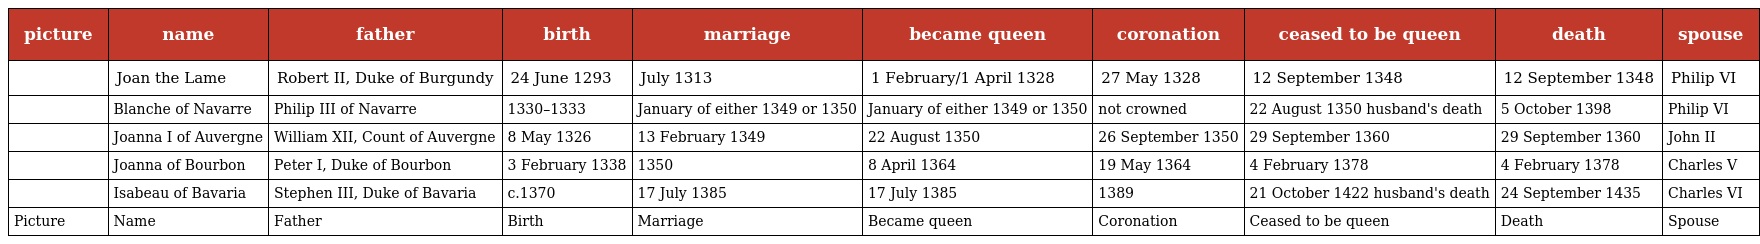
| picture | name | father | birth | marriage | became queen | coronation | ceased to be queen | death | spouse |
 | --- | --- | --- | --- | --- | --- | --- | --- | --- | --- |
 |  | Joan the Lame | Robert II, Duke of Burgundy | 24 June 1293 | July 1313 | 1 February/1 April 1328 | 27 May 1328 | 12 September 1348 | 12 September 1348 | Philip VI |
 |  | Blanche of Navarre | Philip III of Navarre | 1330–1333 | January of either 1349 or 1350 | January of either 1349 or 1350 | not crowned | 22 August 1350 husband's death | 5 October 1398 | Philip VI |
 |  | Joanna I of Auvergne | William XII, Count of Auvergne | 8 May 1326 | 13 February 1349 | 22 August 1350 | 26 September 1350 | 29 September 1360 | 29 September 1360 | John II |
 |  | Joanna of Bourbon | Peter I, Duke of Bourbon | 3 February 1338 | 1350 | 8 April 1364 | 19 May 1364 | 4 February 1378 | 4 February 1378 | Charles V |
 |  | Isabeau of Bavaria | Stephen III, Duke of Bavaria | c.1370 | 17 July 1385 | 17 July 1385 | 1389 | 21 October 1422 husband's death | 24 September 1435 | Charles VI |
 | Picture | Name | Father | Birth | Marriage | Became queen | Coronation | Ceased to be queen | Death | Spouse |